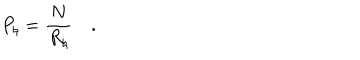
LaTeX: P _ { \natural } = { \frac { N } { R _ { \natural } } } \quad .